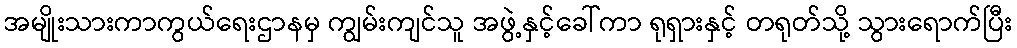
အမျိုးသားကာကွယ်ရေးဌာနမှ ကျွမ်းကျင်သူ အဖွဲ့နှင့်ခေါ်ကာ ရုရှားနှင့် တရုတ်သို့ သွားရောက်ပြီး